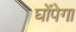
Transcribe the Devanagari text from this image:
घोंपेगा